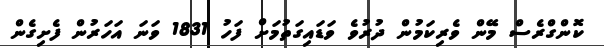
ކޮންގްރެސް މޭން ވެރިކަމުން ދުރުވެ ވަޑައިގަތުމަށް ފަހު 1831 ވަނަ އަހަރުން ފެށިގެން